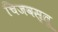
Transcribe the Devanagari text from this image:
चिजवस्तू